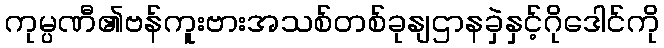
ကုမ္ပဏီ၏ဗန်ကူးဗားအသစ်တစ်ခုနျဌာနခှဲနှင့်ဂိုဒေါင်ကို